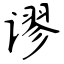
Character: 谬